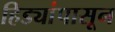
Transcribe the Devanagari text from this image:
हिड्यांपासून